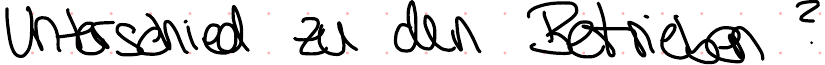
Unterschied zu den Betrieben?